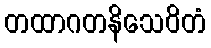
တထာဂတနိသေဝိတံ